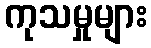
ကုသမှုများ